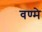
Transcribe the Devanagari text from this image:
वण्मे